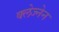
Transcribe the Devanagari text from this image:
क्लेज्नेन